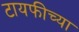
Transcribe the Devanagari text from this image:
टायफीच्या